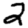
Digit: 2